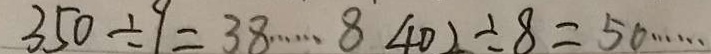
3 5 0 \div 1 = 3 8 \cdots 8 4 0 2 \div 8 = 5 0 \cdots